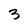
Character: 3